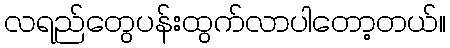
လရည်တွေပန်းထွက်လာပါတော့တယ်။